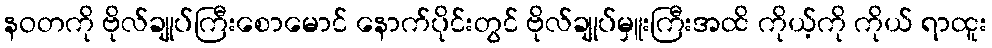
နဝတကို ဗိုလ်ချုပ်ကြီးစောမောင် နောက်ပိုင်းတွင် ဗိုလ်ချုပ်မှူးကြီးအထိ ကိုယ့်ကို ကိုယ် ရာထူး